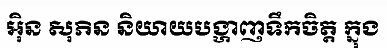
អ៊ិន សុភិន និយាយបង្ហាញទឹកចិត្ត ក្នុង